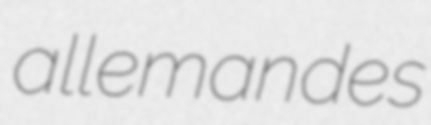
allemandes